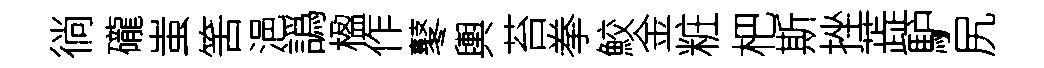
徜礲蚩筈浥譌楹作鼕輿苔拳鮫金粧杷斯挫蕋馿尻